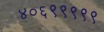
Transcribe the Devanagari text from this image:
४०६९९९९९